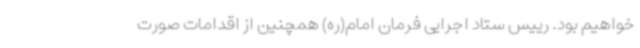
خواهیم بود. رییس ستاد اجرایی فرمان امام(ره) همچنین از اقدامات صورت